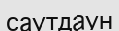
саутдаун